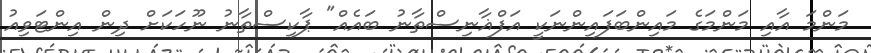
މަންމަ އާއި މަންމަގެ މައިންބަފައިންނަކީ އަފްޣާނިސްތާނު ބައެއް" ޕާކިސްތާނު ނޫހަކަށް ދިން އިންޓަވިއު